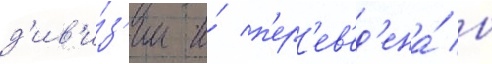
д'ив'и́з'ии и́ п'ер'ев'ед'ена́ в